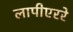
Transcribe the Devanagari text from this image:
लापीएररे